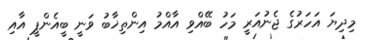
މިިދިޔަ އަހަރުގެ ޖެނުއަރީ މަހު ބޭއްވި އާއްމު އިންތިޚާބު ވަނީ ބީއެންޕީ އާއި